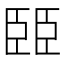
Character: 臦